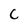
Character: c